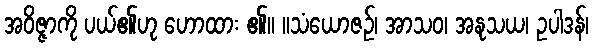
အဝိဇ္ဇာကို ပယ်၏ဟု ဟောထား ၏။ ။သံယောဇဉ်၊ အာသဝ၊ အနုသယ၊ ဥပါဒန်၊